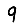
Digit: 9